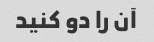
آن را دو کنید